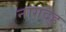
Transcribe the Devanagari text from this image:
नागदह